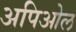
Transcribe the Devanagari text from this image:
अपिओल